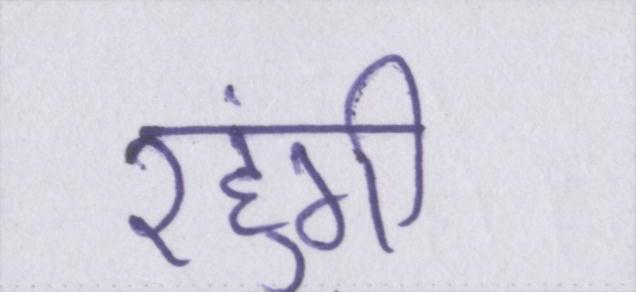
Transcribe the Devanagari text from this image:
रहुंगी